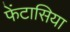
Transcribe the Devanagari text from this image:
फेंटासिया